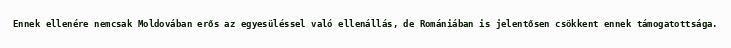
Ennek ellenére nemcsak Moldovában erős az egyesüléssel való ellenállás, de Romániában is jelentősen csökkent ennek támogatottsága.